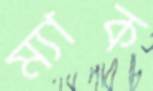
ম্যাক